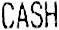
CASH